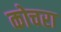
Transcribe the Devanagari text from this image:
कोचरा